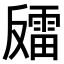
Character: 𫩍